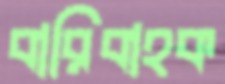
বারিবাহক